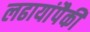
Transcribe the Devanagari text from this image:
लढायांपैकी